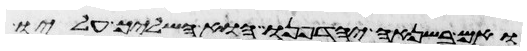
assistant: ואם בשנאה יחדיפנו או השליך עליו